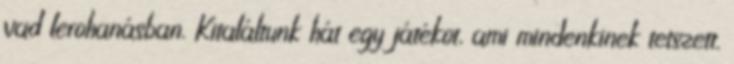
vad lerohanásban. Kitaláltunk hát egy játékot, ami mindenkinek tetszett.